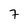
Character: 7